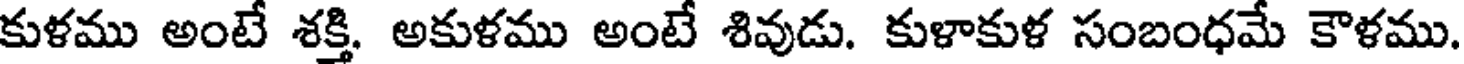
కుళము అంటే శక్తి. అకుళము అంటే శివుడు. కుళాకుళ సంబంధమే కౌళము.